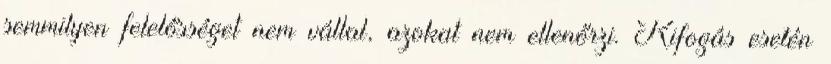
semmilyen felelősséget nem vállal, azokat nem ellenőrzi. Kifogás esetén